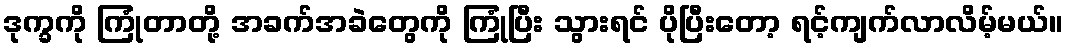
ဒုက္ခကို ကြုံတာတို့ အခက်အခဲတွေကို ကြုံပြီး သွားရင် ပိုပြီးတော့ ရင့်ကျက်လာလိမ့်မယ်။